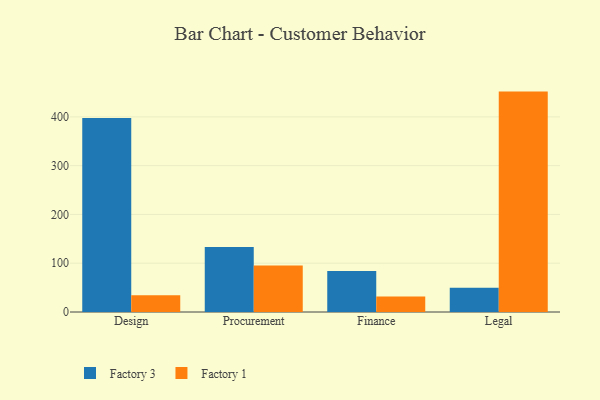
{"axis": {"x": "Department", "y": "Revenue (USD Million)"}, "legend": ["Factory 1", "Factory 3"], "data": [{"x": "Design", "y": 397.5, "type": "Factory 3"}, {"x": "Design", "y": 34.2, "type": "Factory 1"}, {"x": "Procurement", "y": 133.5, "type": "Factory 3"}, {"x": "Procurement", "y": 95.4, "type": "Factory 1"}, {"x": "Finance", "y": 84.0, "type": "Factory 3"}, {"x": "Finance", "y": 31.6, "type": "Factory 1"}, {"x": "Legal", "y": 49.7, "type": "Factory 3"}, {"x": "Legal", "y": 451.8, "type": "Factory 1"}]}